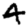
Digit: 4